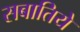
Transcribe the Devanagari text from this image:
सबातिये